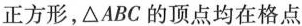
正方形，\triangle ABC的顶点均在格点